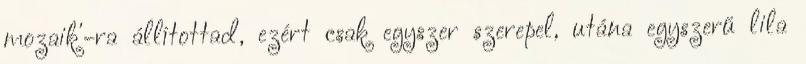
mozaik'-ra állítottad, ezért csak egyszer szerepel, utána egyszerű lila